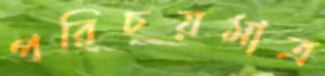
পরিচয়মাত্র